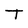
Character: T